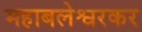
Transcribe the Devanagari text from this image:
महाबलेश्वरकर